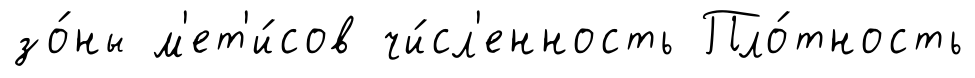
зо́ны м'ет'и́сов чи́сл'енность Пло́тность